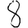
Digit: 8